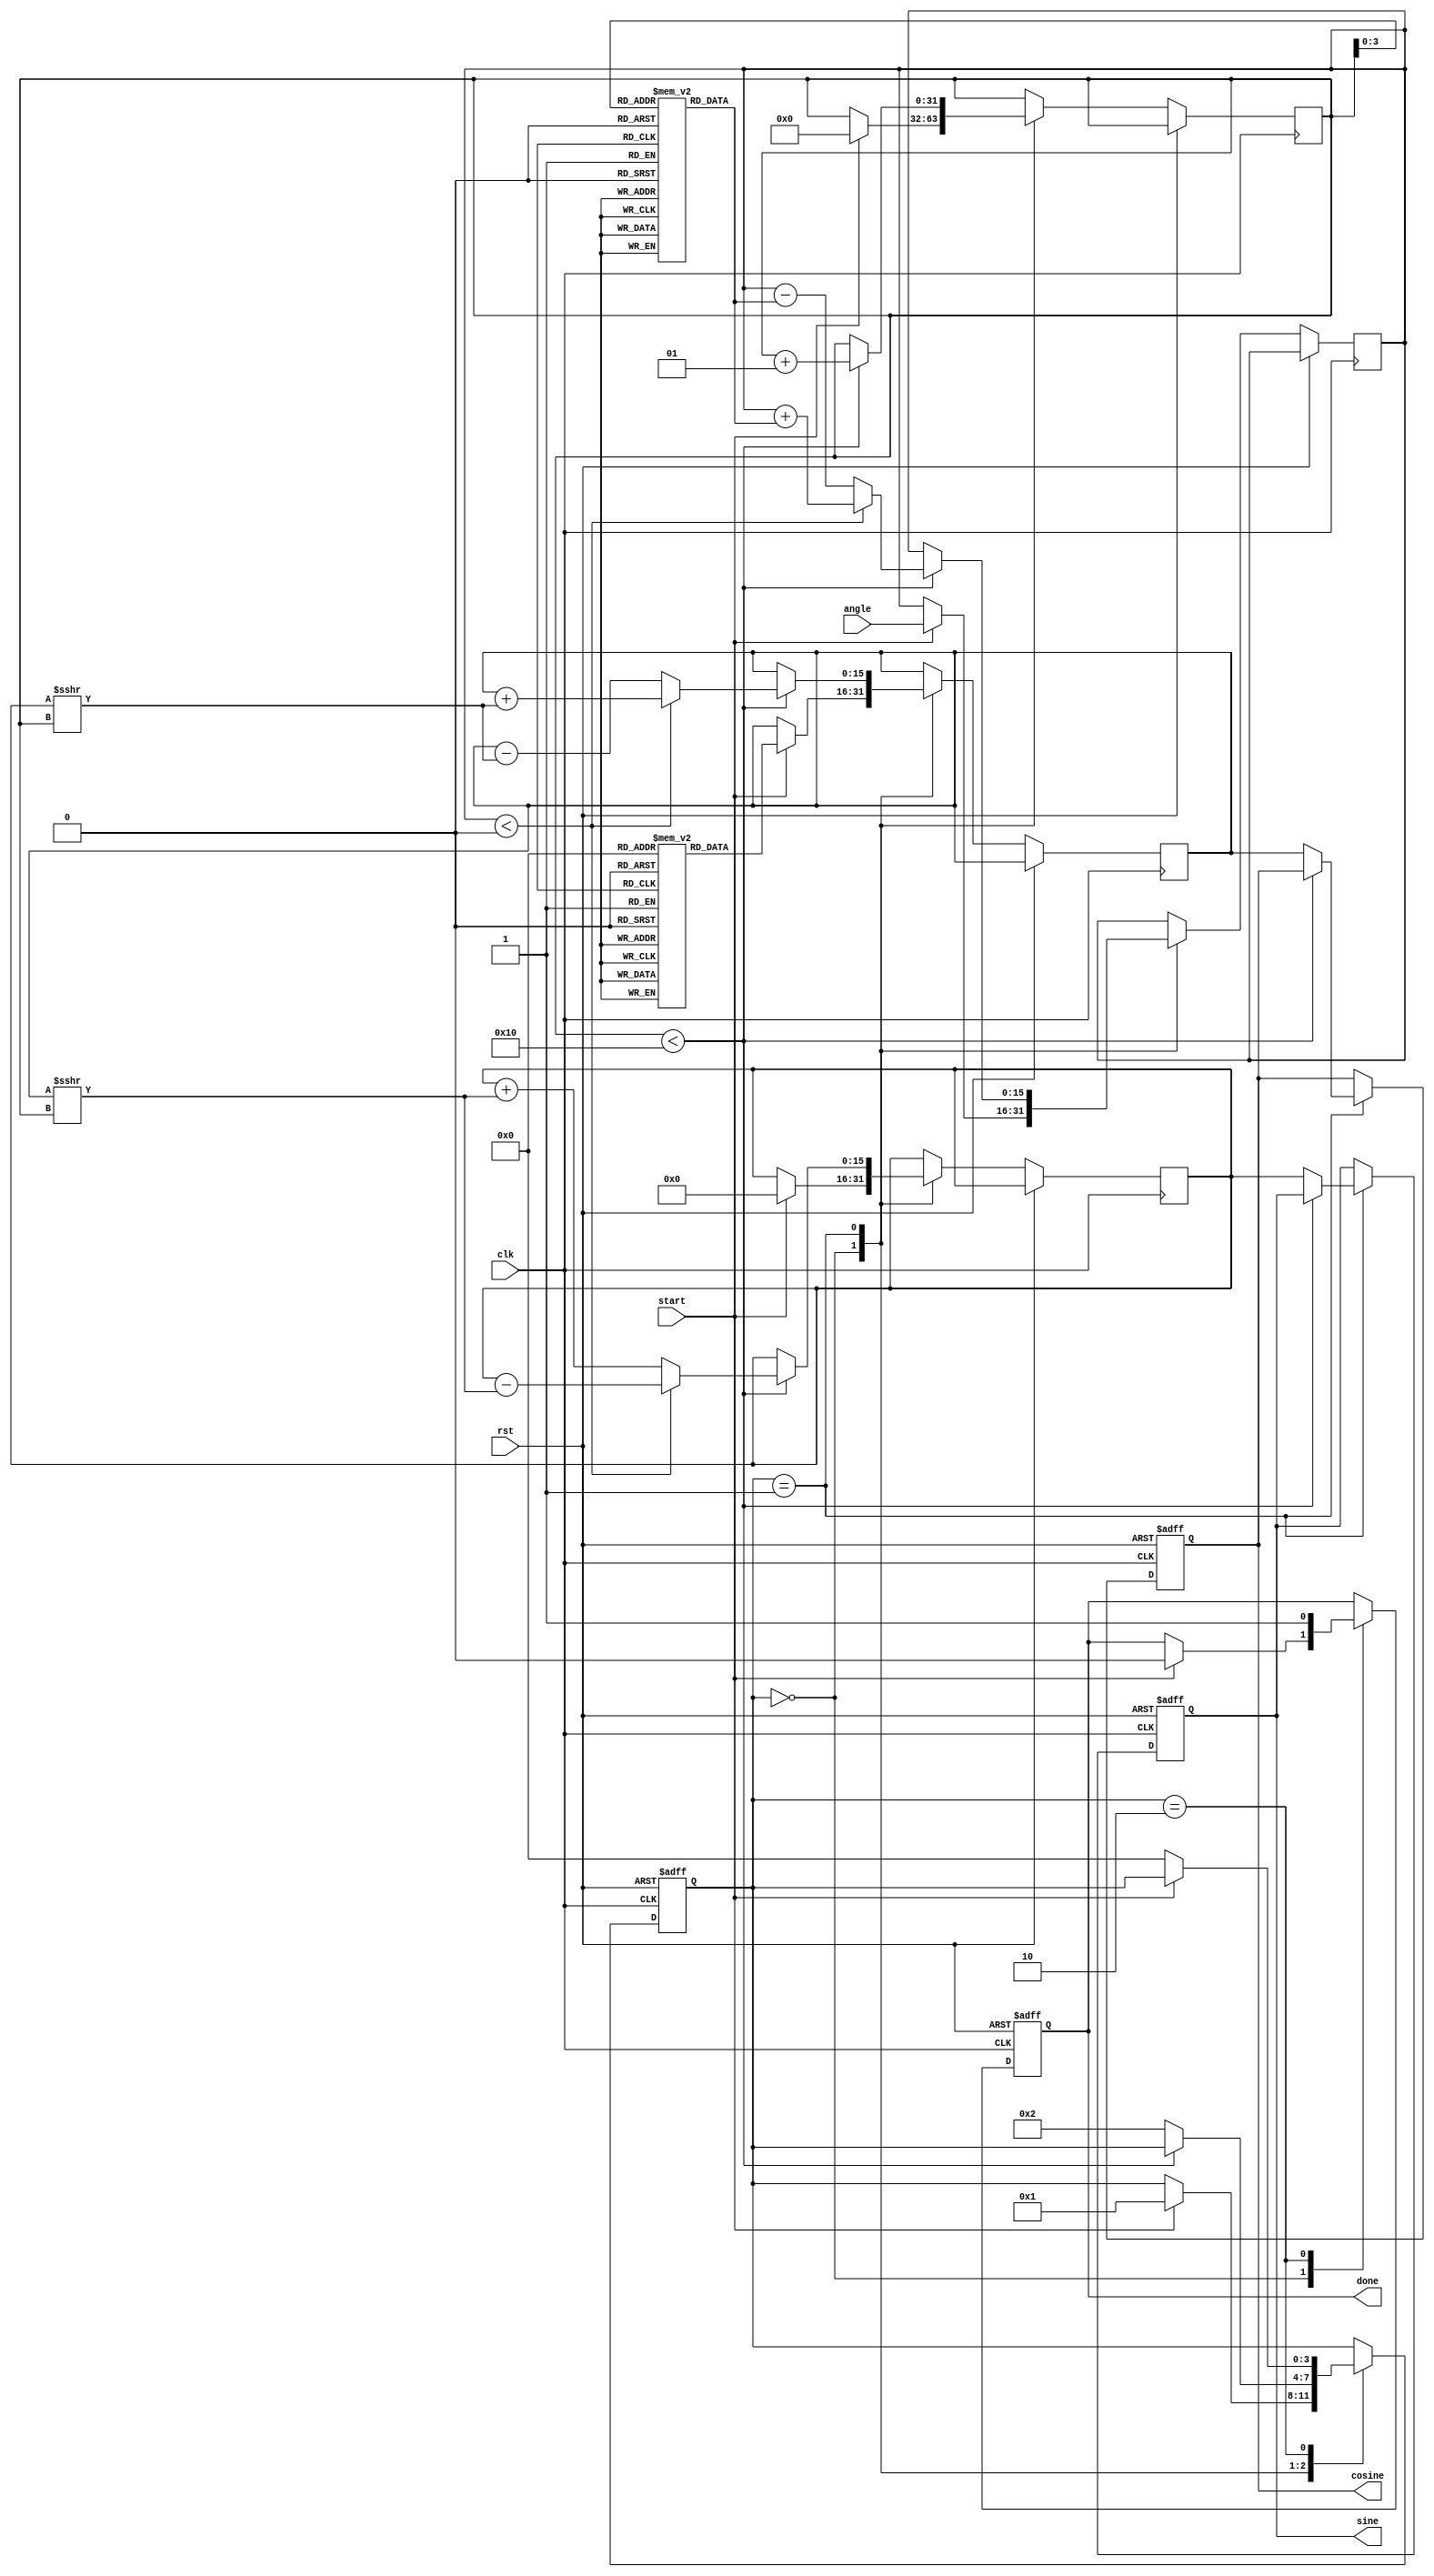
module cordic #(
    parameter DATA_WIDTH = 16, // Width of the input and output data
    parameter LUT_SIZE = 16     // Number of iterations (LUT entries)
)(
    input wire clk,
    input wire rst,
    input wire start,
    input wire signed [DATA_WIDTH-1:0] angle, // Input angle in fixed-point format
    output reg signed [DATA_WIDTH-1:0] sine,   // Output sine value
    output reg signed [DATA_WIDTH-1:0] cosine,  // Output cosine value
    output reg done
);

    // Lookup tables for arctangent values and scaling factors
    reg signed [DATA_WIDTH-1:0] angle_lut [0:LUT_SIZE-1];
    reg signed [DATA_WIDTH-1:0] scaling_lut [0:LUT_SIZE-1];

    // CORDIC state variables
    reg signed [DATA_WIDTH-1:0] x, y, z;
    integer i;
    reg [3:0] state; // State variable for control logic
    localparam IDLE = 0, COMPUTE = 1, DONE = 2;

    // Initialize LUTs
    initial begin
        // Populate angle LUT with arctangent values (in fixed-point format)
        angle_lut[0] = 16'h0000; // atan(0) = 0
        angle_lut[1] = 16'h2000; // atan(1) = pi/4
        angle_lut[2] = 16'h1C71; // atan(0.5) = pi/6
        angle_lut[3] = 16'h1A3D; // atan(0.3333) = pi/12
        angle_lut[4] = 16'h186A; // atan(0.2) = pi/15
        // Add more values as needed...

        // Populate scaling LUT with precomputed scaling factors
        scaling_lut[0] = 16'h26DD; // Scaling factor for 0 iterations
        scaling_lut[1] = 16'h1A3D; // Scaling factor for 1 iteration
        scaling_lut[2] = 16'h12E4; // Scaling factor for 2 iterations
        scaling_lut[3] = 16'h0F9E; // Scaling factor for 3 iterations
        // Add more values as needed...
    end

    // Control logic
    always @(posedge clk or posedge rst) begin
        if (rst) begin
            state <= IDLE;
            sine <= 0;
            cosine <= 0;
            done <= 0;
        end else begin
            case (state)
                IDLE: begin
                    if (start) begin
                        // Initialize values
                        x <= scaling_lut[0]; // Initial x = K (scaling factor)
                        y <= 0;              // Initial y = 0
                        z <= angle;         // Load input angle
                        i <= 0;             // Initialize iteration counter
                        state <= COMPUTE;
                        done <= 0;
                    end
                end
                
                COMPUTE: begin
                    if (i < LUT_SIZE) begin
                        // CORDIC iteration logic
                        if (z < 0) begin
                            // Rotate clockwise
                            x <= x + (y >>> i);
                            y <= y - (x >>> i);
                            z <= z + angle_lut[i];
                        end else begin
                            // Rotate counter-clockwise
                            x <= x - (y >>> i);
                            y <= y + (x >>> i);
                            z <= z - angle_lut[i];
                        end
                        i <= i + 1; // Increment iteration count
                    end else begin
                        // Store final results
                        sine <= y;
                        cosine <= x;
                        state <= DONE;
                    end
                end
                
                DONE: begin
                    done <= 1; // Indicate computation is done
                    if (!start) begin
                        state <= IDLE; // Reset state on next start
                    end
                end
            endcase
        end
    end

endmodule